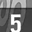
Digit: 5